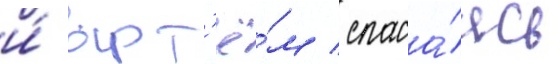
и́ арт'ё́м / спаса́ясь